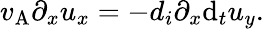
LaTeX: v_{\mathrm{A}}\partial_{x}u_{x}=-d_{i}\partial_{x}\mathrm{d}_{t}u_{y}.